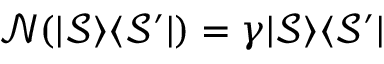
\mathcal { N } ( | \mathcal { S } \rangle \langle \mathcal { S } ^ { \prime } | ) = \gamma | \mathcal { S } \rangle \langle \mathcal { S } ^ { \prime } |